NASA-UAP-D7, Skylab Techincal Crew Debriefing 1973
Page 5
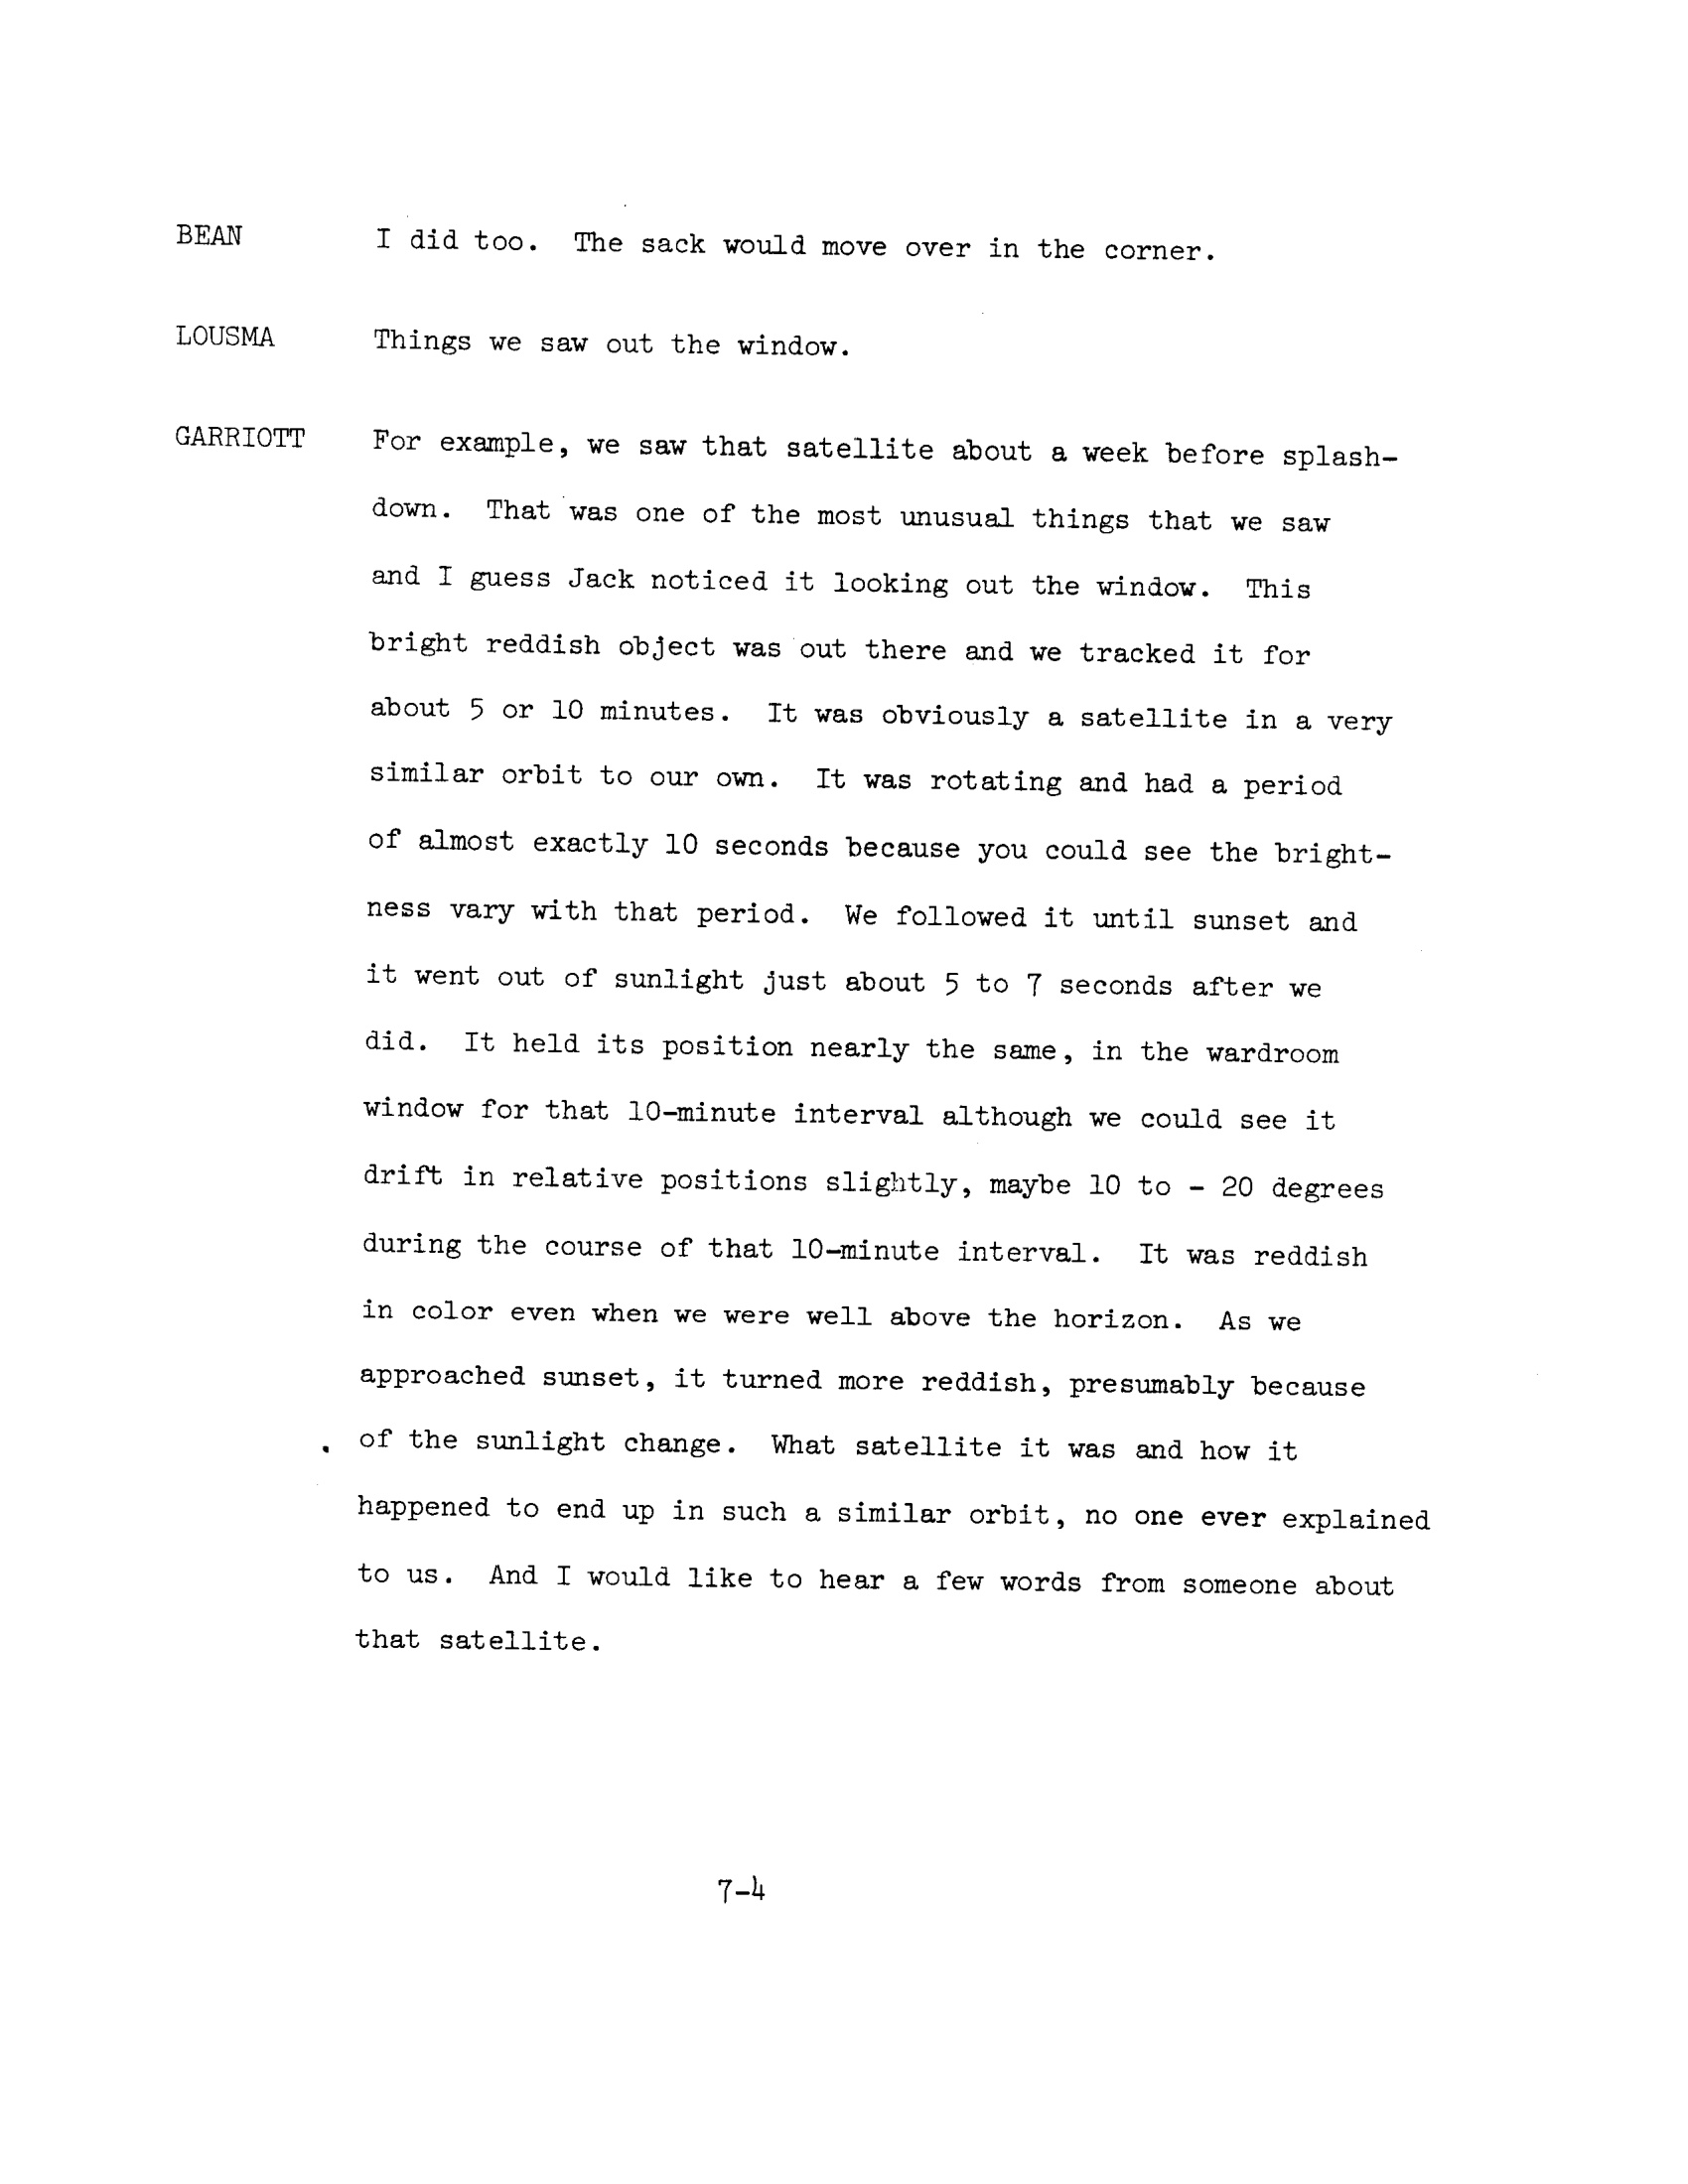